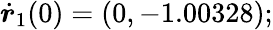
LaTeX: \dot{\boldsymbol{r}}_{1}(0)=(0,-1.00328);